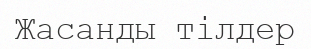
Жасанды тілдер